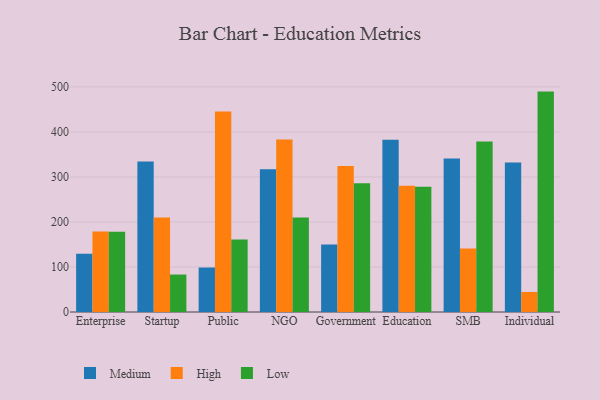
{"axis": {"x": "Segment", "y": "Demand Index"}, "legend": ["High", "Low", "Medium"], "data": [{"x": "Enterprise", "y": 129.2, "type": "Medium"}, {"x": "Enterprise", "y": 178.7, "type": "High"}, {"x": "Enterprise", "y": 178.0, "type": "Low"}, {"x": "Startup", "y": 334.2, "type": "Medium"}, {"x": "Startup", "y": 210.0, "type": "High"}, {"x": "Startup", "y": 83.2, "type": "Low"}, {"x": "Public", "y": 98.8, "type": "Medium"}, {"x": "Public", "y": 445.1, "type": "High"}, {"x": "Public", "y": 161.0, "type": "Low"}, {"x": "NGO", "y": 317.3, "type": "Medium"}, {"x": "NGO", "y": 383.3, "type": "High"}, {"x": "NGO", "y": 209.7, "type": "Low"}, {"x": "Government", "y": 149.8, "type": "Medium"}, {"x": "Government", "y": 324.5, "type": "High"}, {"x": "Government", "y": 286.1, "type": "Low"}, {"x": "Education", "y": 382.8, "type": "Medium"}, {"x": "Education", "y": 280.4, "type": "High"}, {"x": "Education", "y": 278.4, "type": "Low"}, {"x": "SMB", "y": 341.1, "type": "Medium"}, {"x": "SMB", "y": 141.2, "type": "High"}, {"x": "SMB", "y": 378.8, "type": "Low"}, {"x": "Individual", "y": 331.9, "type": "Medium"}, {"x": "Individual", "y": 44.5, "type": "High"}, {"x": "Individual", "y": 489.5, "type": "Low"}]}